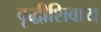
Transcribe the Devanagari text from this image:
वृद्धीशिवाय